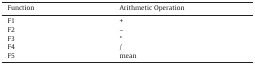
<table><thead><tr><td><b>Function</b></td><td><b>Arithmetic Operation</b></td></tr></thead><tbody><tr><td>F1</td><td>+</td></tr><tr><td>F2</td><td>–</td></tr><tr><td>F3</td><td>*</td></tr><tr><td>F4</td><td>/</td></tr><tr><td>F5</td><td>mean</td></tr></tbody></table>